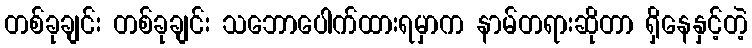
တစ်ခုချင်း တစ်ခုချင်း သဘောပေါက်ထားရမှာက နာမ်တရားဆိုတာ ရှိနေနှင့်တဲ့